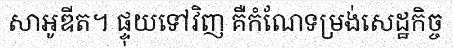
សាអូឌីត។ ផ្ទុយទៅវិញ គឺកំណែទម្រង់សេដ្ឋកិច្ច